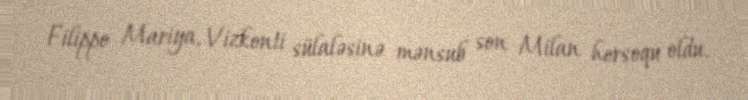
Filippo Mariya, Vizkonti sülaləsinə mənsub son Milan hersoqu oldu.